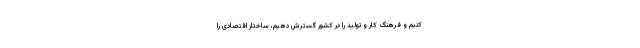
کنیم و فرهنگ کار و تولید را در کشور گسترش دهیم، ساختار اقتصادی را